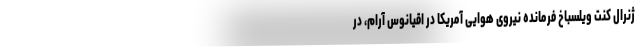
ژنرال کنت ویلسباخ فرمانده نیروی هوایی آمریکا در اقیانوس آرام، در